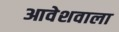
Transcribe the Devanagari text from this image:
आवेशवाला